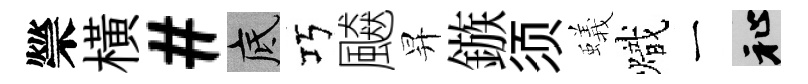
禜橫#底巧飇昇鏃须蟻熾一祉